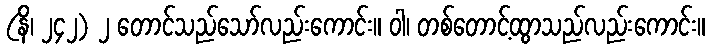
(နိ၊ ၂၄၂) ၂ တောင်သည်သော်လည်းကောင်း။ ဝါ၊ တစ်တောင့်ထွာသည်လည်းကောင်း။